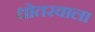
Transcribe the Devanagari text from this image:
धोतरवाला